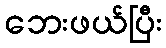
ဘေးဖယ်ပြီး